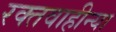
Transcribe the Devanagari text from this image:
रक्तवाहीन्या